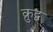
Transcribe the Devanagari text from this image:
क्रुद्व